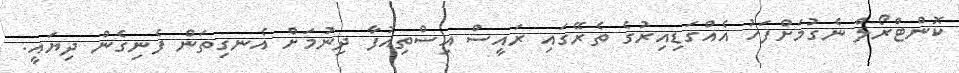
ކޮންޓްރޯލް ނެގުމަށްފަހު އެއްގަޑިއިރުގެ ތެރޭގައި ރައީސް އިސްތިއުފާ ދިނުމަށް އެނގިތަން ފެނިގެން ދިޔައީ.